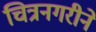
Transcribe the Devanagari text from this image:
चित्रनगरीने